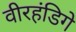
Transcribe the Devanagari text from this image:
वीरहंडिगे